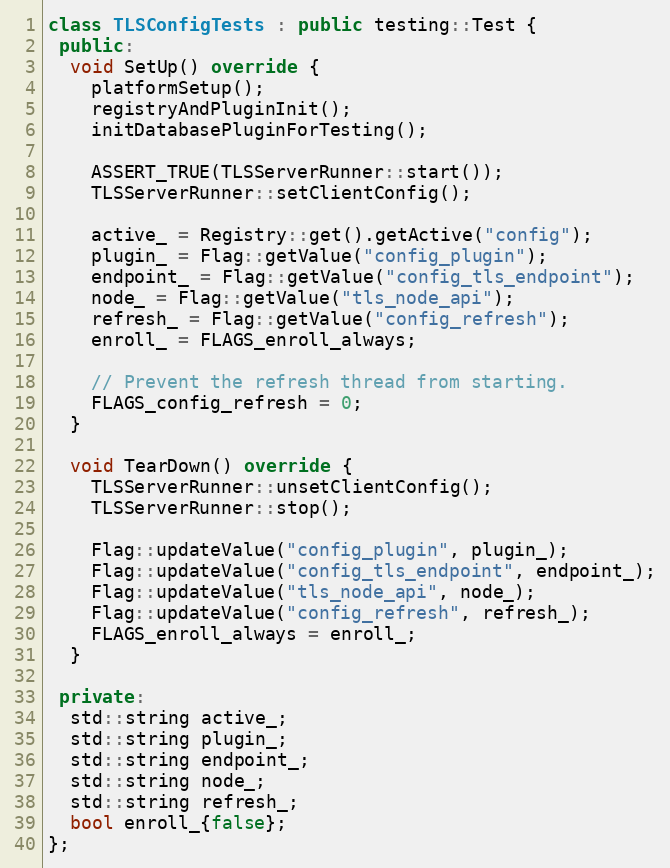
Language: C++
class TLSConfigTests : public testing::Test {
 public:
  void SetUp() override {
    platformSetup();
    registryAndPluginInit();
    initDatabasePluginForTesting();

    ASSERT_TRUE(TLSServerRunner::start());
    TLSServerRunner::setClientConfig();

    active_ = Registry::get().getActive("config");
    plugin_ = Flag::getValue("config_plugin");
    endpoint_ = Flag::getValue("config_tls_endpoint");
    node_ = Flag::getValue("tls_node_api");
    refresh_ = Flag::getValue("config_refresh");
    enroll_ = FLAGS_enroll_always;

    // Prevent the refresh thread from starting.
    FLAGS_config_refresh = 0;
  }

  void TearDown() override {
    TLSServerRunner::unsetClientConfig();
    TLSServerRunner::stop();

    Flag::updateValue("config_plugin", plugin_);
    Flag::updateValue("config_tls_endpoint", endpoint_);
    Flag::updateValue("tls_node_api", node_);
    Flag::updateValue("config_refresh", refresh_);
    FLAGS_enroll_always = enroll_;
  }

 private:
  std::string active_;
  std::string plugin_;
  std::string endpoint_;
  std::string node_;
  std::string refresh_;
  bool enroll_{false};
};